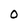
Character: 0